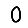
Digit: 0